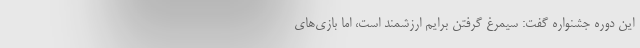
این دوره جشنواره گفت: سیمرغ گرفتن برایم ارزشمند است، اما بازی‌های